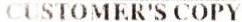
CUSTOMER'S COPY